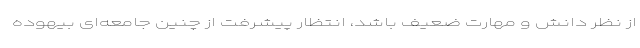
از نظر دانش و مهارت ضعیف باشد، انتظار پیشرفت از چنین جامعه‌ای بیهوده